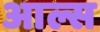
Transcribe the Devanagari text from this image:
आल्स